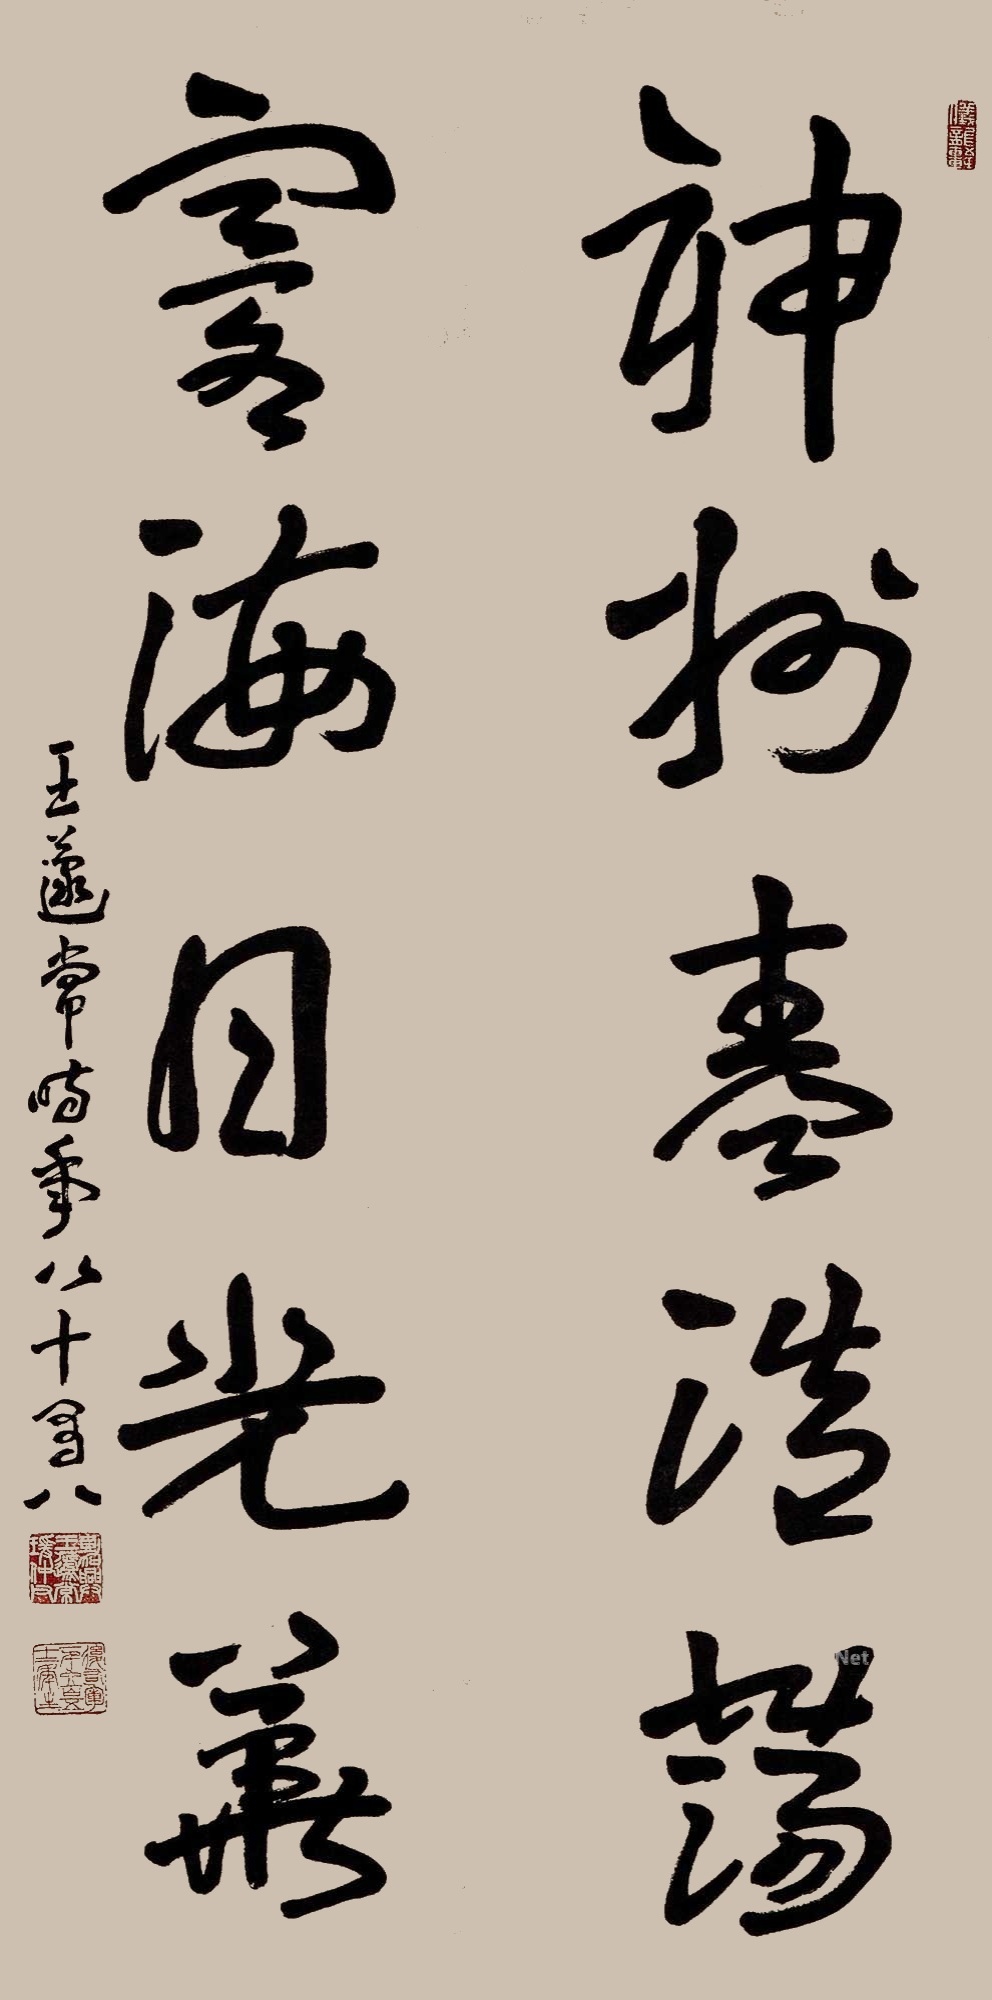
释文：神州春浩荡，寰海日光华。王蘧常，时年八十有八。